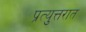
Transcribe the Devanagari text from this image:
प्रत्युत्तरात